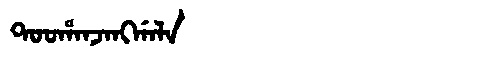
Manchu: ᡨᠣᠣᡥᠠᠨᠵᠠᠩᡤᠠᠯᠠ
Romanization: TOOHANJANGGALA